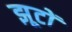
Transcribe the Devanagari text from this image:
झूटों